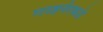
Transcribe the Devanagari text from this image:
गव्हर्नरकडे